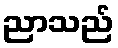
ညာသည်